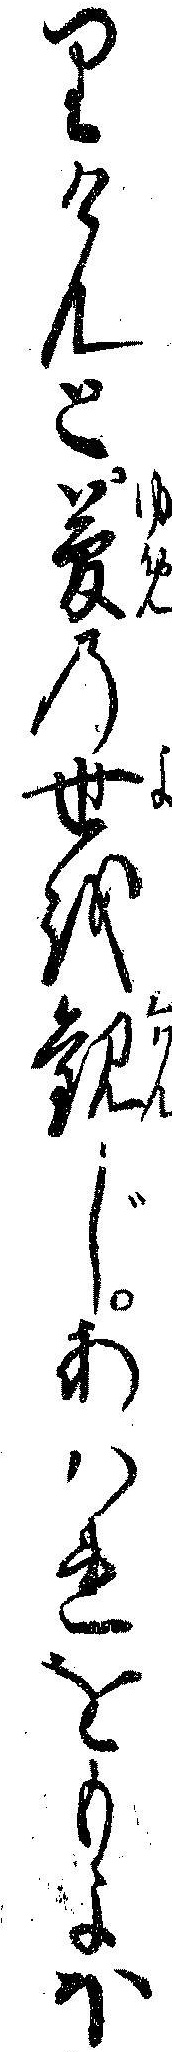
りけんと夢の世を観じあハれをもよほ